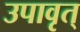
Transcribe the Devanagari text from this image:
उपावृत्